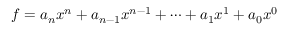
f = a _ { n } x ^ { n } + a _ { n - 1 } x ^ { n - 1 } + \cdots + a _ { 1 } x ^ { 1 } + a _ { 0 } x ^ { 0 }